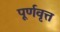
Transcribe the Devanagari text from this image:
पूर्णवृत्त